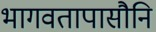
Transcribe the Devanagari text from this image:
भागवतापासौनि